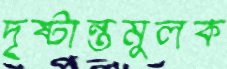
দৃষ্টান্তমুলক